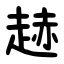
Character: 䞰